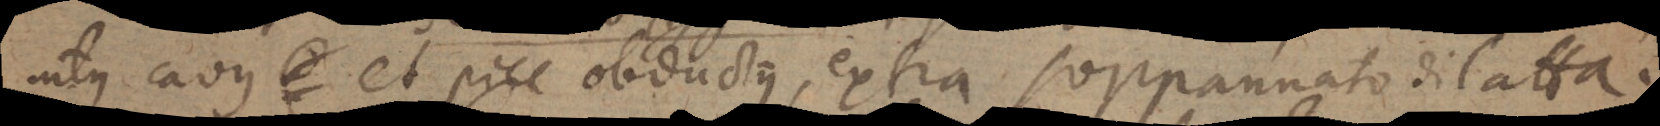
intus cavus et pice obductus, extra sopponato di latta.